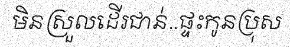
មិនស្រួលដើរជាន់..ផ្ទះកូនប្រុស